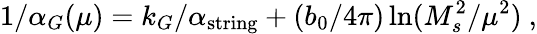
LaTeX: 1/\alpha_{G}(\mu)=k_{G}/\alpha_{\mathrm{string}}+({b_{0}/{4\pi}})\ln({M_{s}^{2}/\mu^{2}})~,